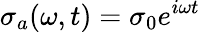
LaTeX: \sigma_{a}(\omega,t)=\sigma_{0}e^{i\omega t}